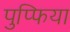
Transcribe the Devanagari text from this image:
पुप्फिया